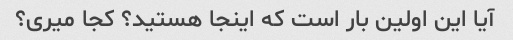
آیا این اولین بار است که اینجا هستید؟ کجا میری؟